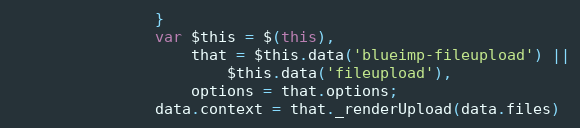
Language: JavaScript
                }
                var $this = $(this),
                    that = $this.data('blueimp-fileupload') ||
                        $this.data('fileupload'),
                    options = that.options;
                data.context = that._renderUpload(data.files)